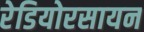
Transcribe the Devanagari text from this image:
रेडियोरसायन